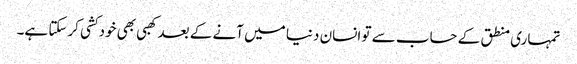
تمہاری منطق کے حساب سے تو انسان دنیا میں آنے کے بعد کھبی بھی خودکشی کرسکتا ہے۔